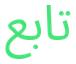
تابع